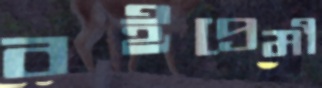
বইপ্রেমী